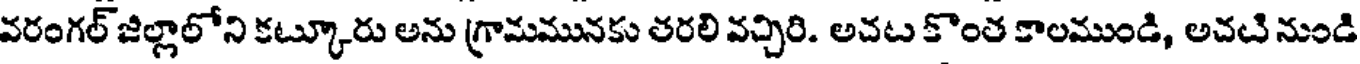
వరంగల్ జిల్లాలోని కట్కూరు అను గ్రామమునకు తరలి వచ్చిరి. అచట కొంత కాలముండి, అచటి నుండి